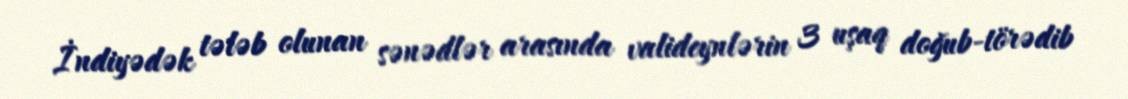
İndiyədək tələb olunan sənədlər arasında valideynlərin 3 uşaq doğub-törədib